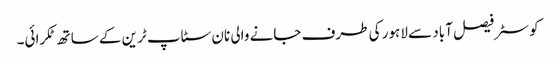
کوسٹر فیصل آباد سے لاہور کی طرف جانے والی نان سٹاپ ٹرین کے ساتھ ٹکرائی۔